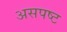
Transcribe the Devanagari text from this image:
असपष्ट